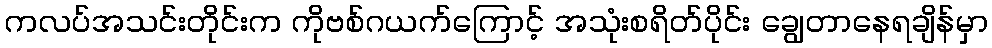
ကလပ်အသင်းတိုင်းက ကိုဗစ်ဂယက်ကြောင့် အသုံးစရိတ်ပိုင်း ချွေတာနေရချိန်မှာ